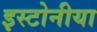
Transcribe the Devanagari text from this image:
इस्टोनीया